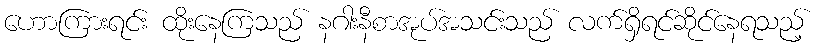
ဟောကြားရင်း ထိုးနေကြသည် နဂါးနီစာအုပ်အသင်းသည် လက်ရှိရင်ဆိုင်နေရသည့်